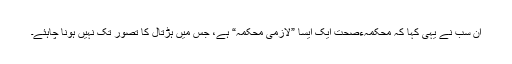
ان سب نے یہی کہا کہ محکمہءصحت ایک ایسا ”لازمی محکمہ“ ہے، جس میں ہڑتال کا تصور تک نہیں ہونا چاہئے۔